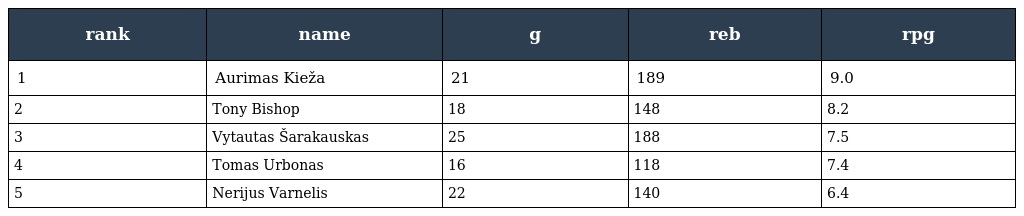
| rank | name | g | reb | rpg |
 | --- | --- | --- | --- | --- |
 | 1 | Aurimas Kieža | 21 | 189 | 9.0 |
 | 2 | Tony Bishop | 18 | 148 | 8.2 |
 | 3 | Vytautas Šarakauskas | 25 | 188 | 7.5 |
 | 4 | Tomas Urbonas | 16 | 118 | 7.4 |
 | 5 | Nerijus Varnelis | 22 | 140 | 6.4 |